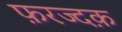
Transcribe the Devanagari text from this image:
फ़रज्दक़